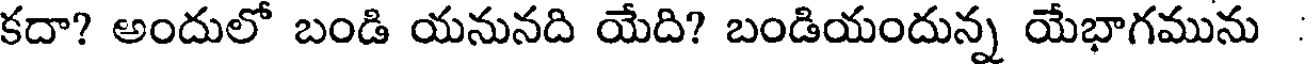
కదా? అందులో బండి యనునది యేది? బండియందున్న యేభాగమును